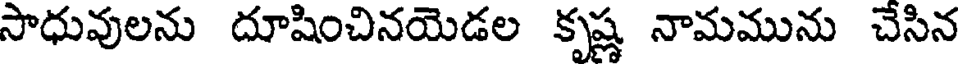
సాధువులను దూషించినయెడల కృష్ణ నామమును చేసిన